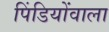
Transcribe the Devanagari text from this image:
पिंडियोंवाला